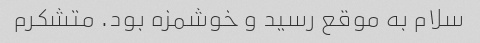
سلام به موقع رسید و خوشمزه بود. متشکرم